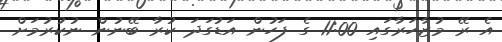
އެ ރޭ މުޒާހަރާގައި 11:00 ގެ ފަހުން އަޑުގަދަ ކުރާ ބޭނުން ނުކުރުމަށް